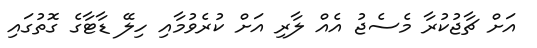
އަށް ޗާޖުކުރާ މެސެޖު އެއް ލާރި އަށް ކުރެވުމާއި ހިލޭ ޑާޓާގެ ގޮތުގައި